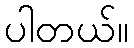
ပါတယ်။